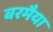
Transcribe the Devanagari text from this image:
बरमैया